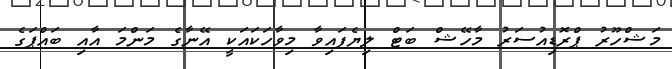
މަޝްހޫރު ޕްރޮޑިއުސަރު މާހޭޝް ބަޓް ލިޔެފައިވާ މިވާހަކައަކީ އޭނާގެ މަންމަ އާއި ބައްޕަގެ